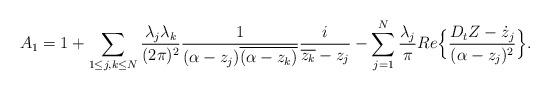
LaTeX: \begin{align*}A_1=1+\sum_{1\leq j,k\leq N}\frac{\lambda_j\lambda_k}{(2\pi)^2}\frac{1}{(\alpha-z_j)\overline{(\alpha-z_k)}} \frac{i}{\overline{z_k}-z_j}-\sum_{j=1}^N \frac{\lambda_j}{\pi} Re\Big\{\frac{D_tZ-\dot{z}_j}{(\alpha-z_j)^2}\Big\}.\end{align*}